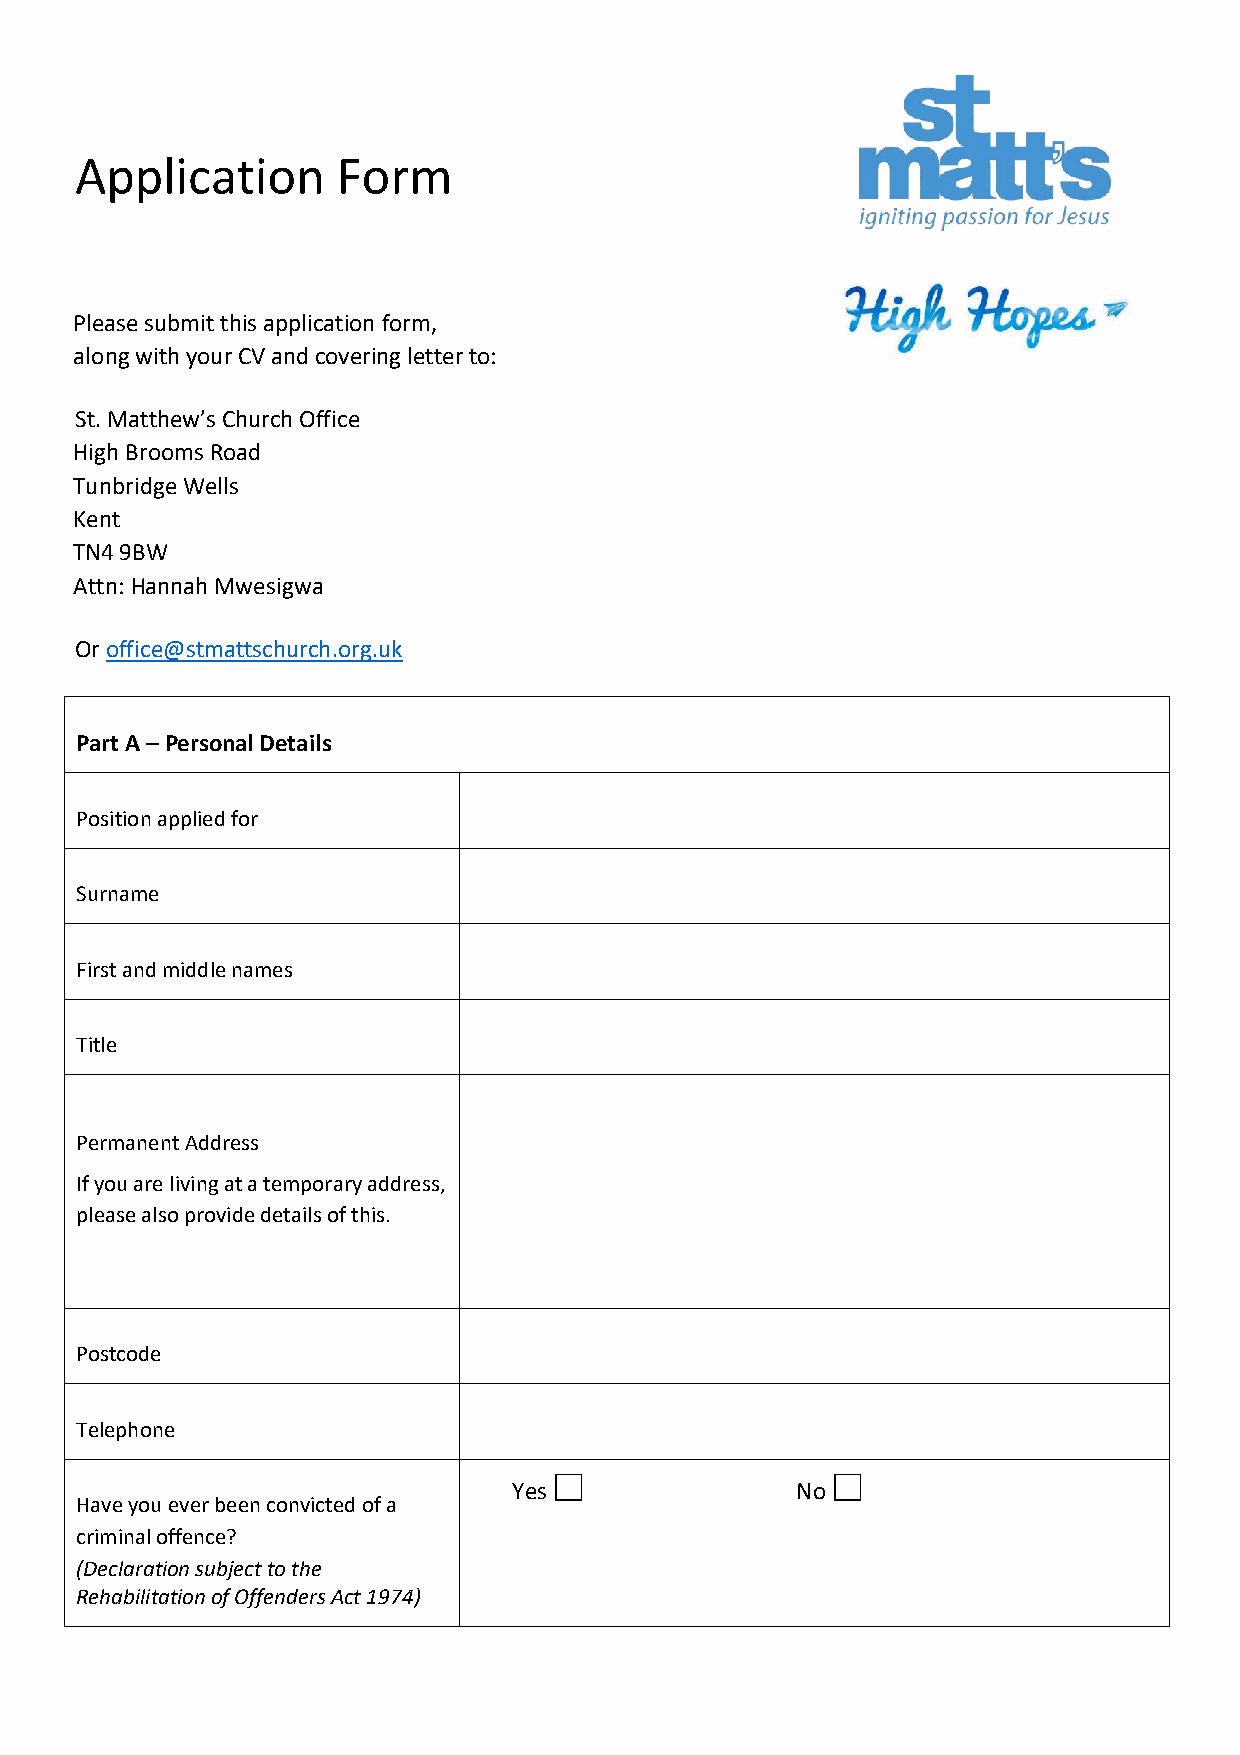
Application      Form
 Please submit this application form,
 along with your CV and covering letter to:
 St. Matthew’s Church Office
 High Brooms Road
 Tunbridge Wells
 Kent
 TN4 9BW
 Attn: Hannah Mwesigwa
 Or office@stmattschurch.org.uk
 Part A – Personal Details
 Position applied for
 Surname
 First and middle names
 Title
 Permanent Address
 If you are living at a temporary address,
 please also provide details of this.
 Postcode
 Telephone
 Yes                No
 Have you ever been convicted of a
 criminal offence?
 (Declaration subject to the
 Rehabilitation of Offenders Act 1974)